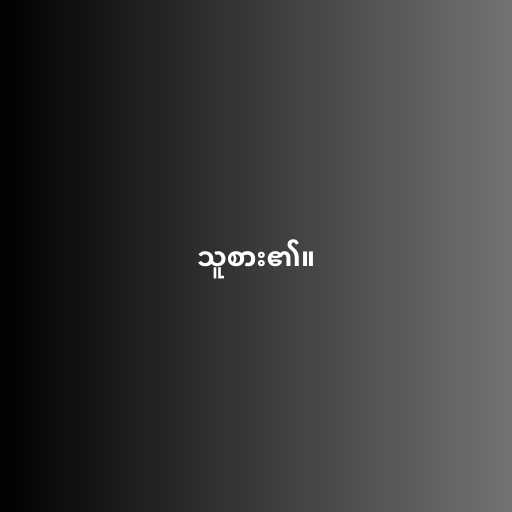
သူစား၏။